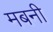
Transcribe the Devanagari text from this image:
मबनी